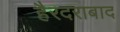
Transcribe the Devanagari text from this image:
हैरदराबाद